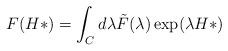
LaTeX: \begin{align*}F(H*)=\int_{C} d\lambda \tilde{F} (\lambda) \exp(\lambda H*)\end{align*}